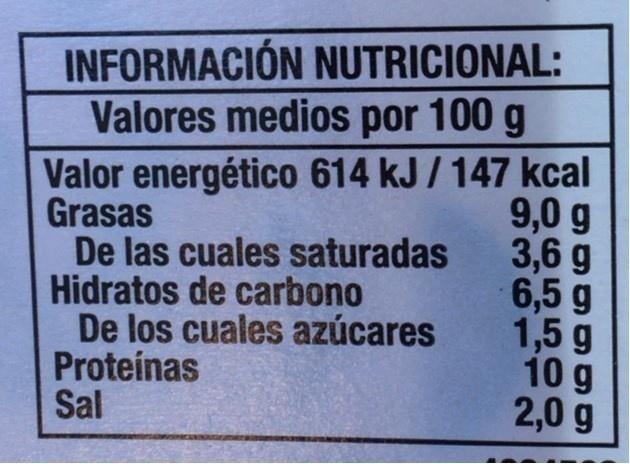
INFORMACIÓN NUTRICIONAL: Valores medios por 100 g
Valor energético 614 kJ / 147 kcal Grasas De las cuales saturadas Hidratos de carbono De los cuales azúcares Proteínas Sal
9,0 g 3,6 g 6,5 g 1,5 g 10 g 2,0 g